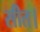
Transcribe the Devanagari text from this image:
सीत।